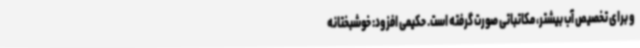
و برای تخصیص آب بیشتر، مکاتباتی صورت گرفته است. حکیمی افزود: خوشبختانه